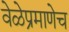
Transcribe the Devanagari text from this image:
वेळेप्रमाणेच